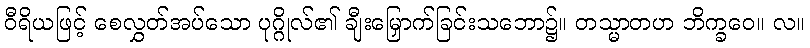
ဝီရိယဖြင့် စေလွှတ်အပ်သော ပုဂ္ဂိုလ်၏ ချီးမြှောက်ခြင်းသဘော၌။ တသ္မာတဟ ဘိက္ခဝေ။ လ။